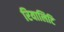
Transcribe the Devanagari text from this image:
रियालिटि